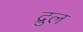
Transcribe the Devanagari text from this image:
द्रुल